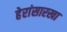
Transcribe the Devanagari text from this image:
हेरांसारखा